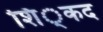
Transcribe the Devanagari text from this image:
शिं्कद